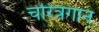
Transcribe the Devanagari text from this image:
चरित्रगान